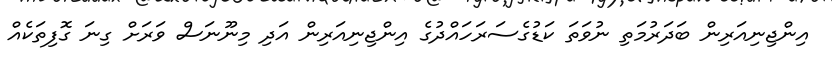
އިންޖިނިއަރިން ބަދަރުމަތި ނުވަތަ ކަޑުގެސަރަހައްދުގެ އިންޖިނިއަރިން އަދި މިނޫނަސް ވަރަށް ގިނަ ގޮފިތަކެއް